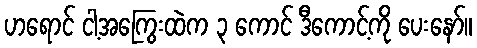
ဟရောင် ငါ့အကြွေးထဲက ၃ ကောင် ဒီကောင့်ကို ပေးနော်။